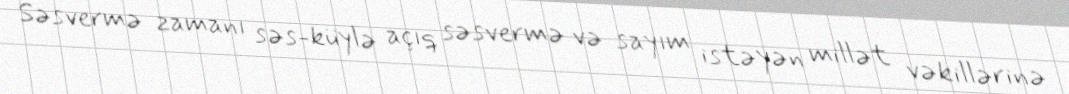
Səsvermə zamanı səs-küylə açıq səsvermə və sayım istəyən millət vəkillərinə